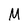
Character: M